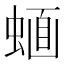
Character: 𧍹